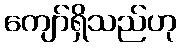
ကျော်ရှိသည်ဟု